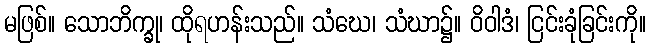
မဖြစ်။ သောဘိက္ခု၊ ထိုရဟန်းသည်။ သံဃေ၊ သံဃာ၌။ ဝိဝါဒံ၊ ငြင်းခုံခြင်းကို။